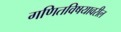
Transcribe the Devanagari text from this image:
गणितविषयावरील